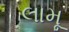
લામૂ